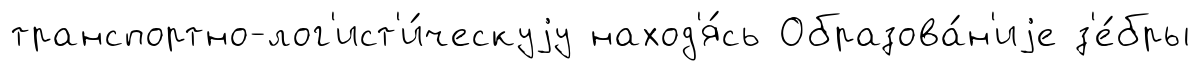
транспортно-лог'ист'и́ческуjу наход'я́сь Образова́н'иjе з'е́бры